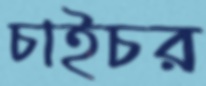
চাইচর